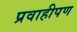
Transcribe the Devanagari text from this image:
प्रवाहीपण